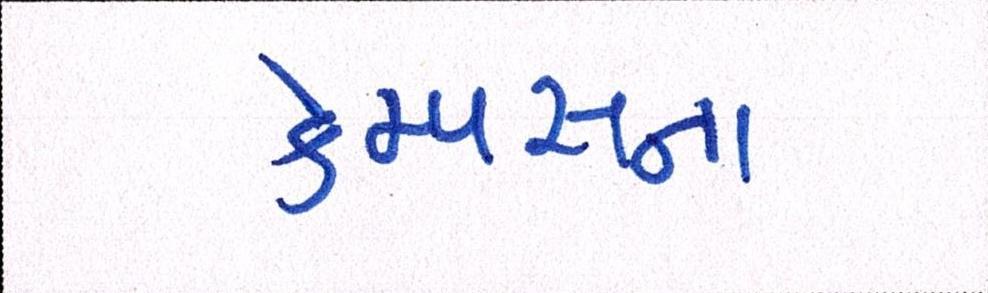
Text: કેમ્પસના